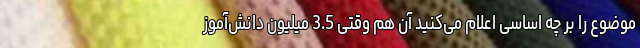
موضوع را بر چه اساسی اعلام می‌کنید آن هم وقتی 3.5 میلیون دانش‌آموز